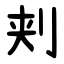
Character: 刾